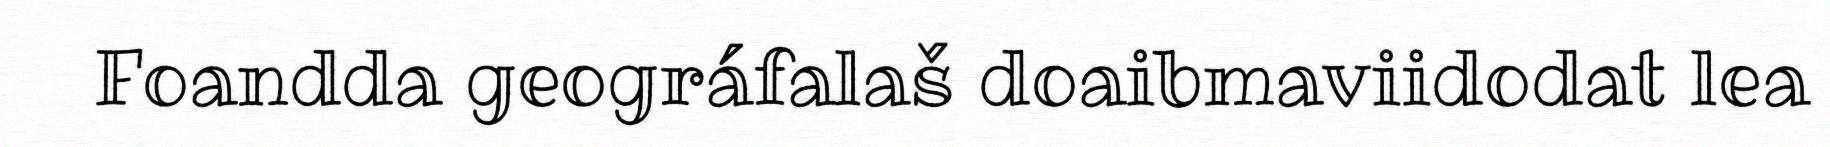
Foandda geográfalaš doaibmaviidodat lea